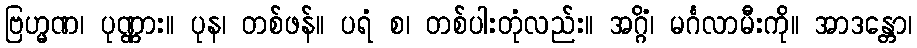
ဗြဟ္မဏ၊ ပုဏ္ဏား။ ပုန၊ တစ်ဖန်။ ပရံ စ၊ တစ်ပါးတုံလည်း။ အဂ္ဂိံ၊ မင်္ဂလာမီးကို။ အာဒန္တော၊